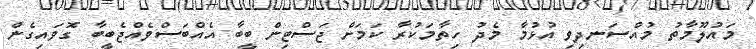
މައުލޫމާތު މުއްސަނދިވި އުޅުމާ މެދު ހިތާމަކުރާ ކަމަށް ޖަސްޓިން ބީބާ އެއްބަސްވެއްޖެބީބާ ގޮވައިގެން